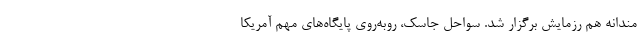
مندانه هم رزمایش برگزار شد. سواحل جاسک، روبه‌روی پایگاه‌های مهم آمریکا